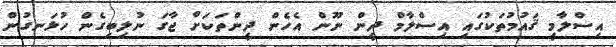
އިސްލާމީ ޤައުމުތަކުގައި އިސްލާމް ދީން ނޫން އެހެން ދީންތަކަށް ޖާގަ ނުލިބިގެން ހުޅަނގުން